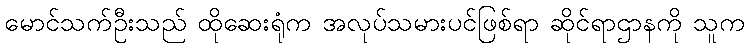
မောင်သက်ဦးသည် ထိုဆေးရုံက အလုပ်သမားပင်ဖြစ်ရာ ဆိုင်ရာဌာနကို သူက